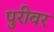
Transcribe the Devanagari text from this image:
पुरीवर